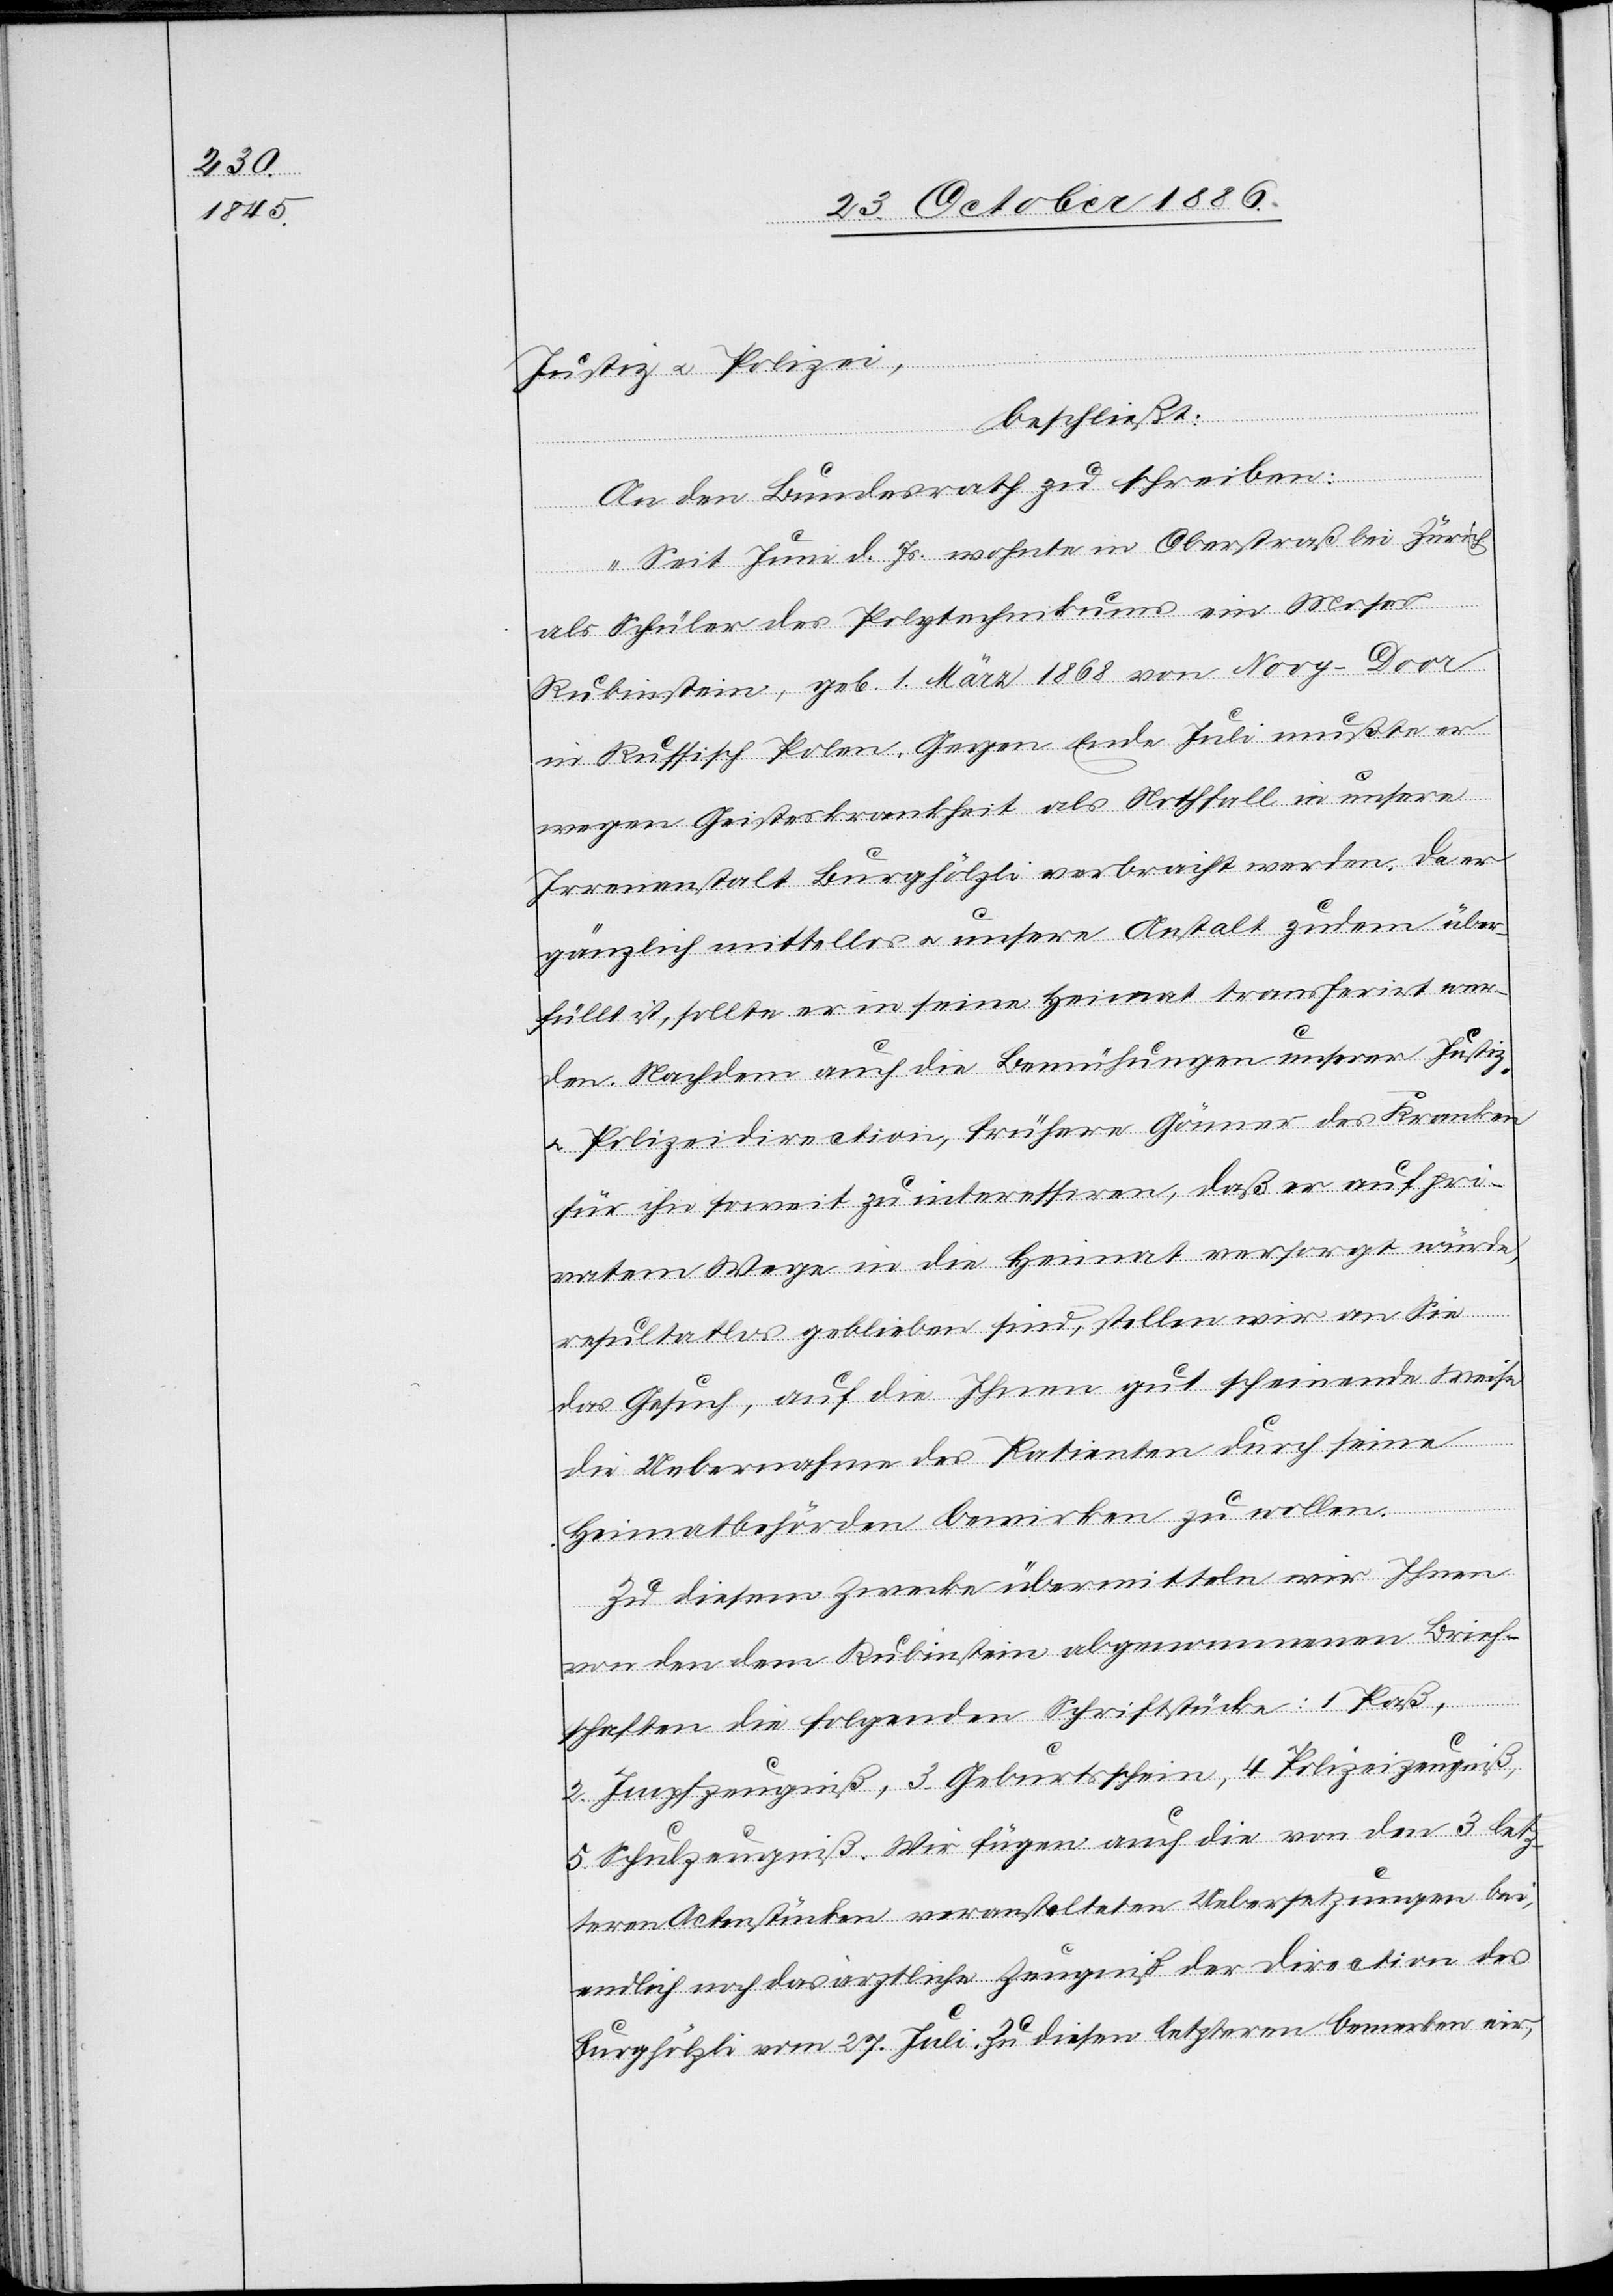
Justiz & Polizei,
beschließt:
An den Bundesrath zu schreiben:
„Seit Juni d. Js. wohnte in Oberstraß bei Zürich
als Schüler des Polytechnikums ein Moses
Rubinstein, geb. 1. März 1868 von Novy-Door
in Russisch Polen. Gegen Ende Juli mußte er
wegen Geisteskrankheit als Nothfall in unsere
Irrenanstalt Burghölzli verbracht werden. Da er
gänzlich mittellos & unsere Anstalt zudem über¬
füllt ist, sollte er in seine Heimat transferirt wer¬
den. Nachdem auch die Bemühungen unserer Justiz-
& Polizeidirection, frühere Gönner des Kranken
für ihn soweit zu interessiren, daß er auf pri¬
vatem Wege in die Heimat versorgt würde,
resultatlos geblieben sind, stellen wir an Sie
das Gesuch, auf die Ihnen gut scheinende Weise
die Uebernahme des Patienten durch seine
Heimatbehörden bewirken zu wollen.
Zu diesem Zwecke übermitteln wir Ihnen
von den dem Rubinstein abgenommenen Brief¬
schaften die folgenden Schriftstücke: 1. Paß,
2. Impfzeugniß, 3. Geburtsschein, 4. Polizeizeugniß,
5. Schulzeugniß. Wir fügen auch die von den 3 letz¬
teren Actenstücken veranstalteten Uebersetzungen bei,
endlich noch das ärztliche Zeugniß der Direction des
Burghölzli vom 27. Juli. Zu diesem letzteren bemerken wir,